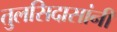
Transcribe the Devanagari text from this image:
तुलसिदासांनी